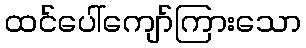
ထင်ပေါ်ကျော်ကြားသော